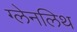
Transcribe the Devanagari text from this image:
ग्लेनलिथ